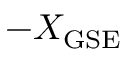
- X _ { \mathrm { G S E } }